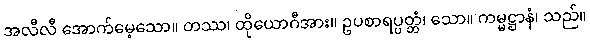
အလီလီ အောက်မေ့သော။ တဿ၊ ထိုယောဂီအား။ ဥပစာရပ္ပတ္တံ၊ သော။ ကမ္မဋ္ဌာနံ၊ သည်။